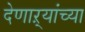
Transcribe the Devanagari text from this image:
देणाऱ्यांच्या